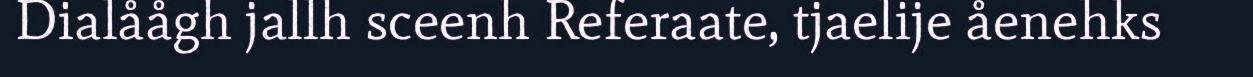
Dialåågh jallh sceenh Referaate, tjaelije åenehks